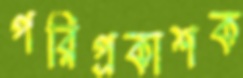
পরিপ্রকাশক